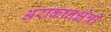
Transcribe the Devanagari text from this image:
अराकानक्षेत्री